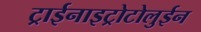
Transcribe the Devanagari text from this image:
ट्राईनाइट्रोटोलुईन